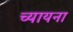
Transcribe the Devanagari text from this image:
च्यायना